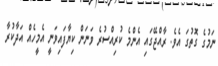
ނަމުގެ ގޮތުގަ އެވެ. ރާއްޖޭގައި އެންމެ ކުރިއްސުރެ ވަނަން ކިޔާފައިވަނީ އެމީހެއް އަދާކުރާ